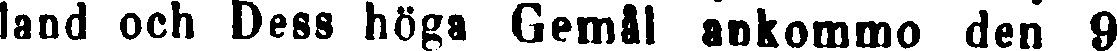
land och Dess höga Gemål ankommo den 9